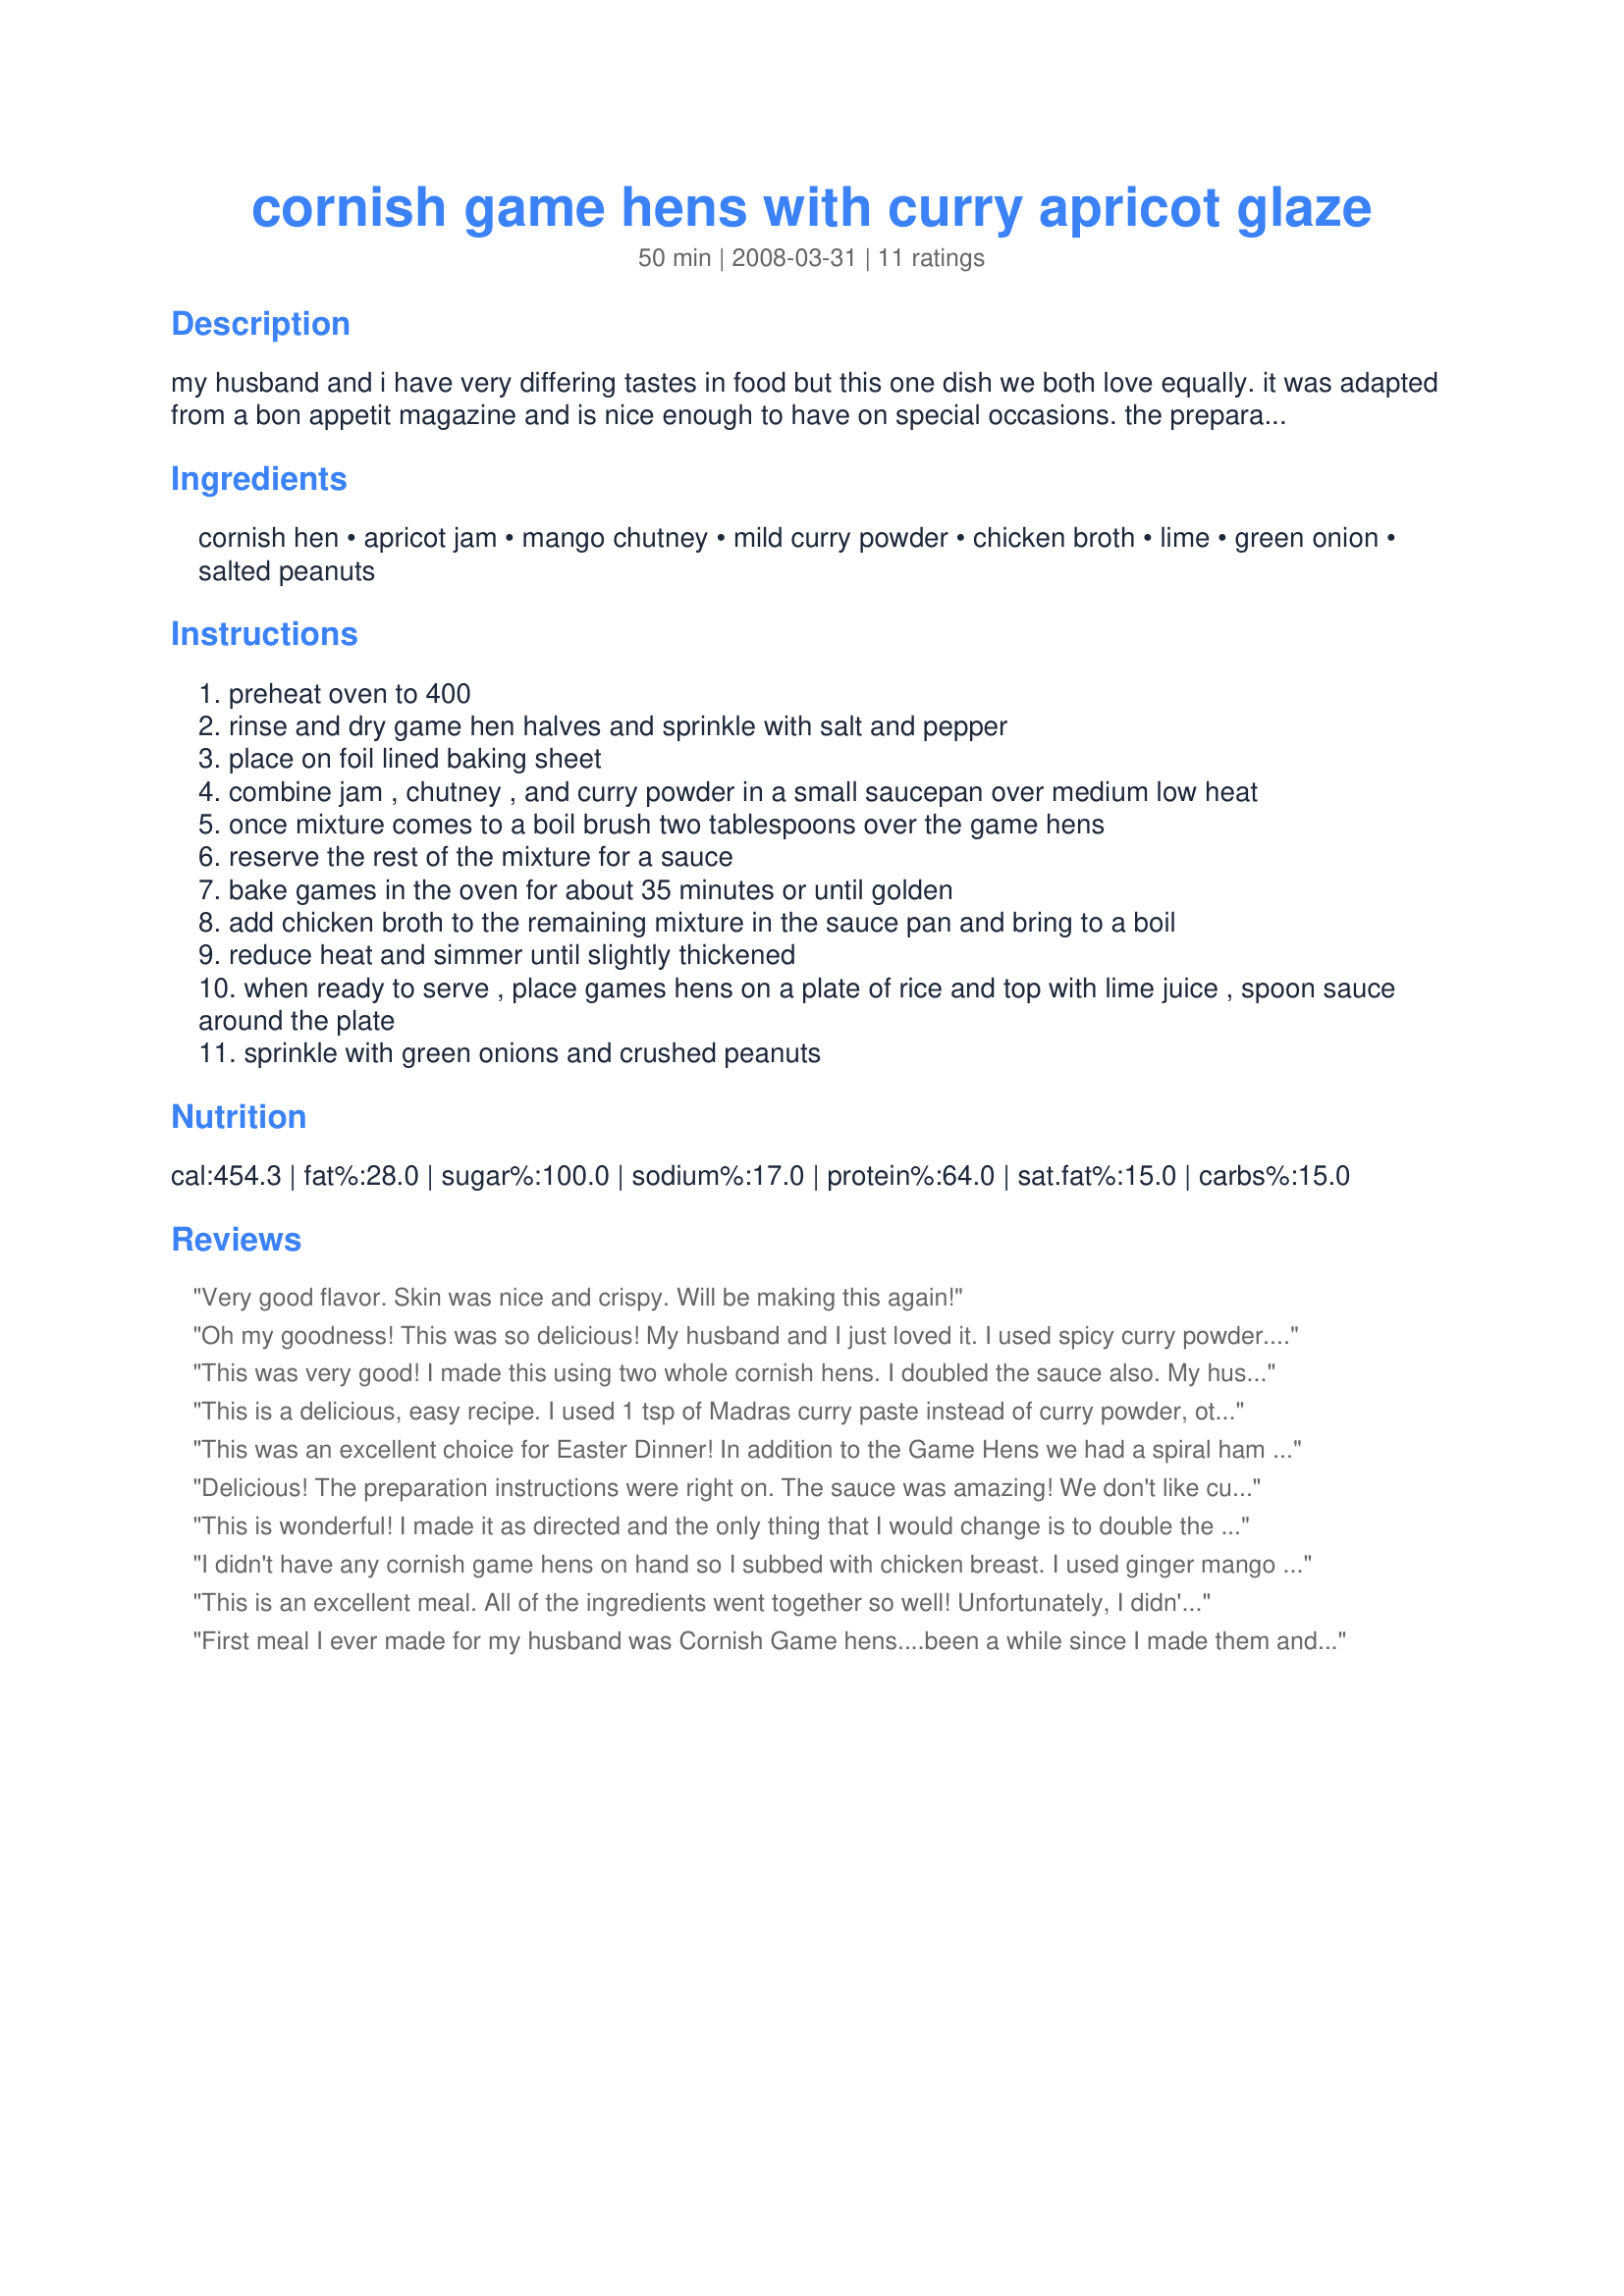
cornish game hens with curry apricot glaze
Preparation time: 50 minutes

my husband and i have very differing tastes in food but this one dish we both love equally. it was adapted from a bon appetit magazine and is nice enough to have on special occasions. the preparation is suprisingly easy for such an elegant dish. serve with white rice.

Ingredients:
cornish hen, apricot jam, mango chutney, mild curry powder, chicken broth, lime, green onion, salted peanuts

Steps:
preheat oven to 400
rinse and dry game hen halves and sprinkle with salt and pepper
place on foil lined baking sheet
combine jam , chutney , and curry powder in a small saucepan over medium low heat
once mixture comes to a boil brush two tablespoons over the game hens
reserve the rest of the mixture for a sauce
bake games in the oven for about 35 minutes or until golden
add chicken broth to the remaining mixture in the sauce pan and bring to a boil
reduce heat and simmer until slightly thickened
when ready to serve , place games hens on a plate of rice and top with lime juice , spoon sauce around the plate
sprinkle with green onions and crushed peanuts

Reviews:
Very good flavor. Skin was nice and crispy. Will be making this again!
Oh my goodness! This was so delicious! My husband and I just loved it. I used spicy curry powder...just has some red pepper flakes in it so they can charge you extra! (So add your own if you want it spicy!) I used my own mango chutney which you can look up as I am between servers, don't EVER go AOL!
Husband said, "Let's do this sauce on a REAL chicken!" And we will. On the "real chicken" I will lift the skin and put some of this wonderful sauce underneath, adding this lovely flavor to the meat itself. This recipe I will keep forever. Thanks!
This was very good! I made this using two whole cornish hens. I doubled the sauce also. My husband thought it was very good too even though he didn't dress it with the onion, lime and peanuts like I did. Thank you for the recipe, we will use it again.
This is a delicious, easy recipe. I used 1 tsp of Madras curry paste instead of curry powder, otherwise I followed the recipe exactly. Very yummy!
This was an excellent choice for Easter Dinner! In addition to the Game Hens we had a spiral ham which I put the same glaze on. Our entire menu was a hit! There is not one thing I would change about this recipe! Oh! I almost forgot ~ since we had company coming and a large menu, I sent my husband to the local Chinese restaurant for the rice ~ and I&#039;d do that again and concentrate on my hens rather than rice I can pick up, precooked with a lot of leftovers! (Plus we got fortune cookies. . . . )
Delicious! The preparation instructions were right on. The sauce was amazing! We don't like curry so we left it out. With the lime juice squeezed over, it was like a sweet and sour sauce. Made for ZWT6 Zingo.
This is wonderful! I made it as directed and the only thing that I would change is to double the sauce next time to use more on the rice. Thanks Slatts for a great recipe that I will make again for sure. Made by an Unruly Under the Influence for ZWT6 Zingo.
I didn't have any cornish game hens on hand so I subbed with chicken breast. I used ginger mango chutney and it made a nice glaze on the chicken. My first bite was great and then I realized I forgot the lime. Adding the lime really takes it to a whole new level! Thanks Slatts. Made for ZWT 6 Zingo by an Unruly Under the Influence!
This is an excellent meal. All of the ingredients went together so well! Unfortunately, I didn't have any mango chutney (how did that happen?), so used some fig and ginger jam that I had on hand. My of My, was that ever delicious! Thnx so much for sharing a delicious recipe, one more time, Slatts! Made for a fellow Voracious Vagabond of ZWT 6.
First meal I ever made for my husband was Cornish Game hens....been a while since I made them and when I saw this recipe I had to try it!! So glad I did. Made a wonderful special meal for hubby and I. Served with rice and was very happy with the results. ZWT6
I have all of these whole chickens in the freezer (they were so cheap week!) and opted to adapt this recipe for use on a whole chicken. I doubled the sauce. I rubbed the chicken with a little oil and sprinkled with S & P, letting it bake 20 minutes before starting to baste it every 20 minutes. I was afraid the sugars could end up burning if I started basting too soon. It was a beautifully caramelized when it was done. The sauce was sweet but not overly so, had a very unique taste to it. If I had been eating this the first time, I'm not sure I would have known what was in the sauce. This was very different then anything we've had before but even the kids liked it. I'm very glad we tried it and would recommend it to others. Thanks for posting. Made for my Babes for ZWT4.
